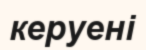
керуені